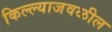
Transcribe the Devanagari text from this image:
किल्ल्याजवळील